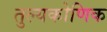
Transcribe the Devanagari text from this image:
तुल्यकोणिक